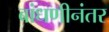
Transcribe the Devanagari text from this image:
बांधणीनंतर